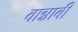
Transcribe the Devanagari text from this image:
वान्नाबी